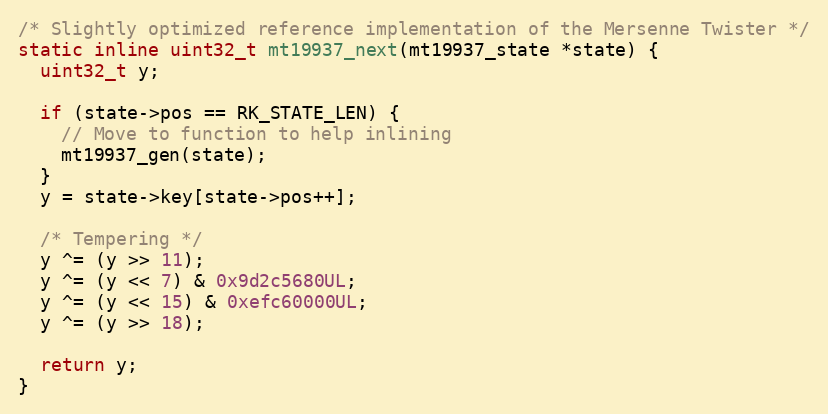
Language: C
/* Slightly optimized reference implementation of the Mersenne Twister */
static inline uint32_t mt19937_next(mt19937_state *state) {
  uint32_t y;

  if (state->pos == RK_STATE_LEN) {
    // Move to function to help inlining
    mt19937_gen(state);
  }
  y = state->key[state->pos++];

  /* Tempering */
  y ^= (y >> 11);
  y ^= (y << 7) & 0x9d2c5680UL;
  y ^= (y << 15) & 0xefc60000UL;
  y ^= (y >> 18);

  return y;
}